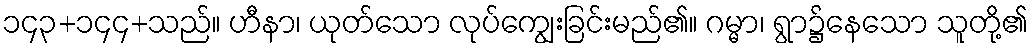
၁၄၃+၁၄၄+သည်။ ဟီနာ၊ ယုတ်သော လုပ်ကျွေးခြင်းမည်၏။ ဂမ္မာ၊ ရွာ၌နေသော သူတို့၏